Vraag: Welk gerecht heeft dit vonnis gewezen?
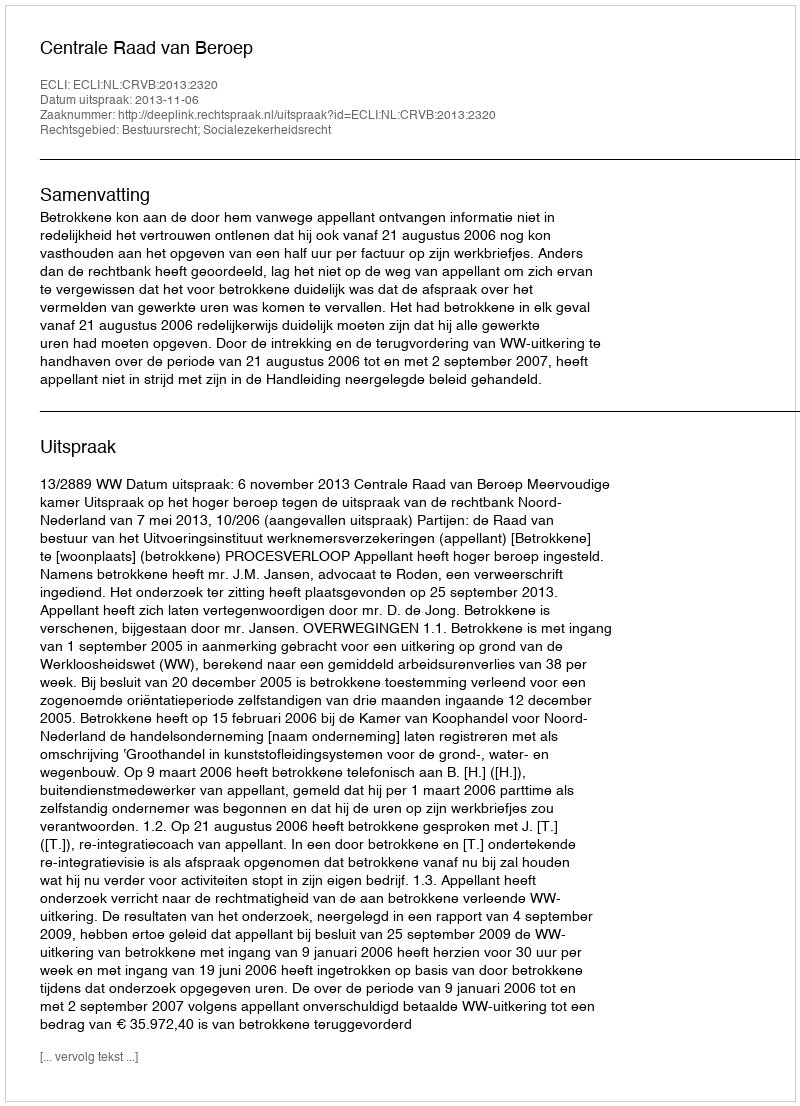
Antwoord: Centrale Raad van Beroep